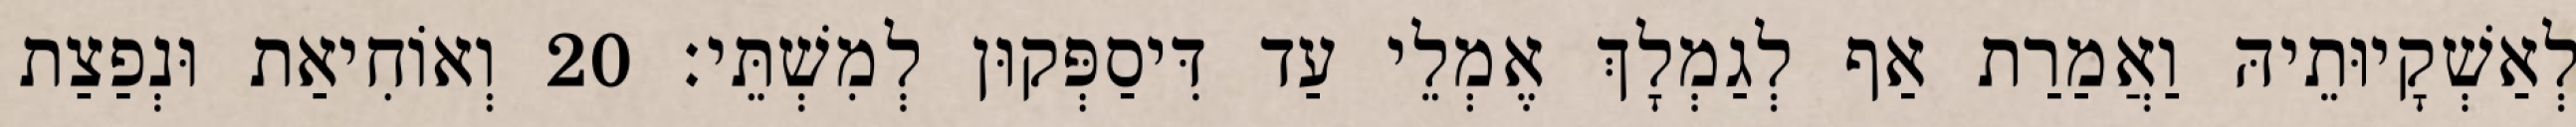
לְאַשְׁקָיוּתֵיהּ וַאֲמַרַת אַף לְגַמְלָךְ אֶמְלֵי עַד דִּיסַפְּקוּן לְמִשְׁתֵּי׃ 20 וְאוֹחִיאַת וּנְפַצַת